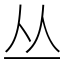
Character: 丛